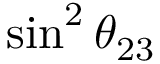
\sin ^ { 2 } \theta _ { 2 3 }